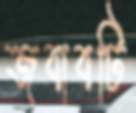
জবাবটি